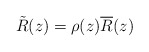
\begin{align*}\tilde R(z)=\rho(z)\overline R(z)\end{align*}